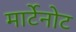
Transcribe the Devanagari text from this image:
मार्टेनोट